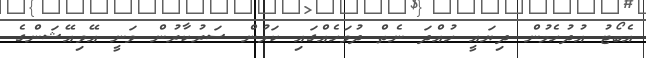
އެބޯޓު އުދުހެމުން ދިޔައީ ހުއްދަ ނެތް ދުވަހެއްގައި ކަމުން ސަރުކާރުން ވަނީ އޭވިއޭޝަންގެ